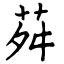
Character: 荈